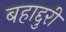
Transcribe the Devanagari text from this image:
बहाद्दुरी